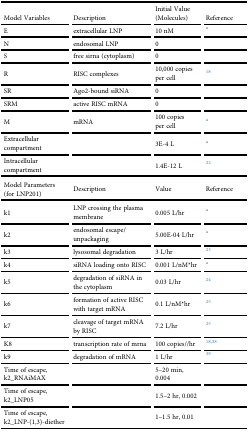
<table><thead><tr><td><b>Model Variables</b></td><td><b>Description</b></td><td><b>Initial Value (Molecules)</b></td><td><b>Reference</b></td></tr></thead><tbody><tr><td>E</td><td>extracellular LNP</td><td>10 nM</td><td>a</td></tr><tr><td>N</td><td>endosomal LNP</td><td>0</td><td></td></tr><tr><td>S</td><td>free sirna (cytoplasm)</td><td>0</td><td></td></tr><tr><td>R</td><td>RISC complexes</td><td>10,000 copies per cell</td><td><sup>18</sup></td></tr><tr><td>SR</td><td>Ago2-bound siRNA</td><td>0</td><td></td></tr><tr><td>SRM</td><td>active RISC mRNA</td><td>0</td><td></td></tr><tr><td>M</td><td>mRNA</td><td>100 copies per cell</td><td>a</td></tr><tr><td>Extracellular compartment</td><td></td><td>3E-4 L</td><td>a</td></tr><tr><td>Intracellular compartment</td><td></td><td>1.4E-12 L</td><td><sup>22</sup></td></tr><tr><td><b>Model Parameters (for LNP201)</b></td><td><b>Description</b></td><td><b>Value</b></td><td><b>Reference</b></td></tr><tr><td>k1</td><td>LNP crossing the plasma membrane</td><td>0.005 L/hr</td><td>a</td></tr><tr><td>k2</td><td>endosomal escape/unpackaging</td><td>5.00E-04 L/hr</td><td>a</td></tr><tr><td>k3</td><td>lysosomal degradation</td><td>3 L/hr</td><td><sup>23</sup></td></tr><tr><td>k4</td><td>siRNA loading onto RISC</td><td>0.001 L/nM*hr</td><td>a</td></tr><tr><td>k5</td><td>degradation of siRNA in the cytoplasm</td><td>0.03 L/hr</td><td><sup>24</sup></td></tr><tr><td>k6</td><td>formation of active RISC with target mRNA</td><td>0.1 L/nM*hr</td><td><sup>25</sup></td></tr><tr><td>k7</td><td>cleavage of target mRNA by RISC</td><td>7.2 L/hr</td><td><sup>25</sup></td></tr><tr><td>K8</td><td>transcription rate of mrna</td><td>100 copies//hr</td><td>18, 38</td></tr><tr><td>k9</td><td>degradation of mRNA</td><td>1 L/hr</td><td><sup>39</sup></td></tr><tr><td>Time of escape, k2_RNAiMAX</td><td></td><td>5–20 min, 0.004</td><td></td></tr><tr><td>Time of escape, k2_LNP05</td><td></td><td>1.5–2 hr, 0.002</td><td></td></tr><tr><td>Time of escape, k2_LNP-(1,3)-diether</td><td></td><td>1–1.5 hr, 0.01</td><td></td></tr></tbody></table>